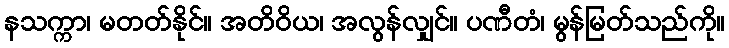
နသက္ကာ၊ မတတ်နိုင်။ အတိဝိယ၊ အလွန်လျှင်။ ပဏီတံ၊ မွန်မြတ်သည်ကို။